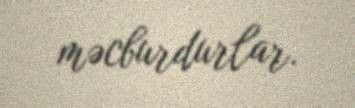
məcburdurlar.